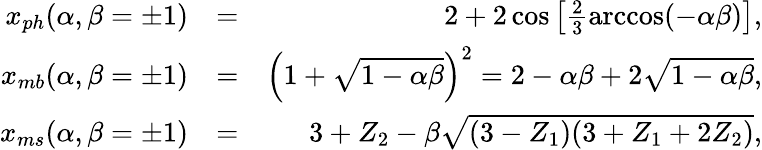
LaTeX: \begin{array}{rlr}{x_{ph}(\alpha,\beta=\pm 1)}&{=}&{2+2\cos\left[\frac{2}{3}\operatorname{arccos}(-\alpha\beta)\right],}\\ {x_{mb}(\alpha,\beta=\pm 1)}&{=}&{\left(1+\sqrt{1-\alpha\beta}\right)^{2}=2-\alpha\beta+2\sqrt{1-\alpha\beta},}\\ {x_{ms}(\alpha,\beta=\pm 1)}&{=}&{3+Z_{2}-\beta\sqrt{(3-Z_{1})(3+Z_{1}+2Z_{2})},}\end{array}